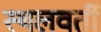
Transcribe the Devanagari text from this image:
स्थलवर्ती